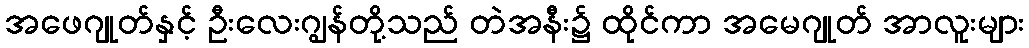
အဖေဂျုတ်နှင့် ဦးလေးဂျွန်တို့သည် တဲအနီး၌ ထိုင်ကာ အမေဂျုတ် အာလူးများ